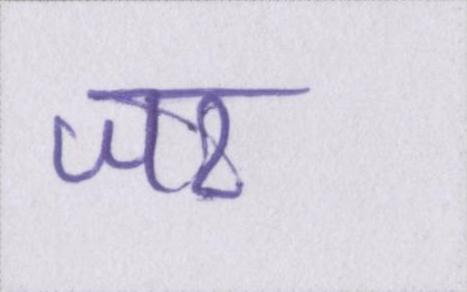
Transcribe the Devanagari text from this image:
जर